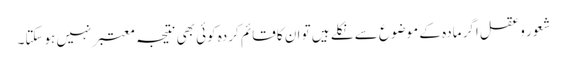
شعور و عقل اگر مادہ کے موضوع سے نکلے ہیں تو ان کا قائم کردہ کوئی بھی نتیجہ معتبر نہیں ہوسکتا۔